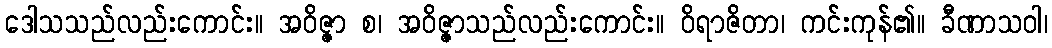
ဒေါသသည်လည်းကောင်း။ အဝိဇ္ဇာ စ၊ အဝိဇ္ဇာသည်လည်းကောင်း။ ဝိရာဇိတာ၊ ကင်းကုန်၏။ ခီဏာသဝါ၊